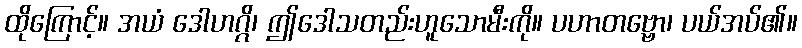
ထိုကြောင့်။ အယံ ဒေါဟဂ္ဂိ၊ ဤဒေါသတည်းဟူသောမီးကို။ ပဟာတဗ္ဗော၊ ပယ်အပ်၏။